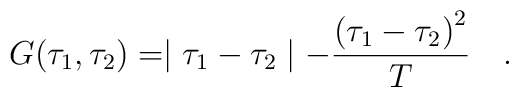
G(\tau_1,\tau_2) = \mid \tau_1 - \tau_2\mid -{{(\tau_1 - \tau_2)}^2\over T}\quad .